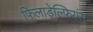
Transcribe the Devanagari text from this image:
फिलाडेल्फियंस